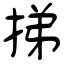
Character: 挮